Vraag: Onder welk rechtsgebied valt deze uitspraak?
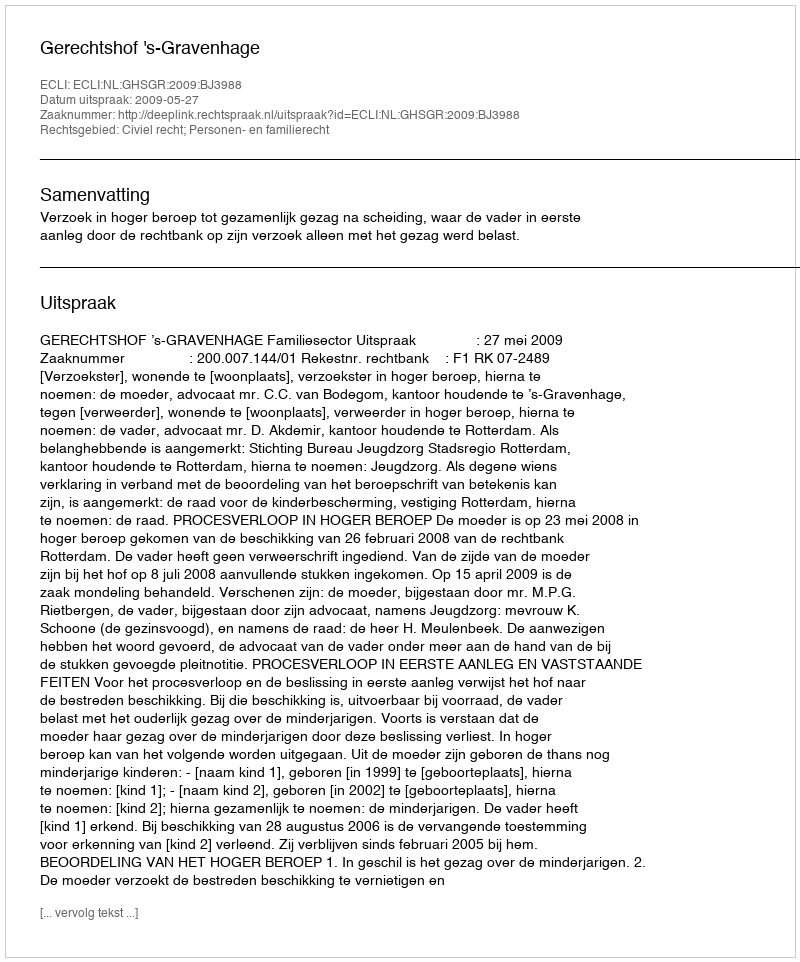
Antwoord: Civiel recht; Personen- en familierecht